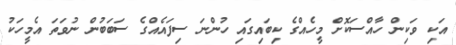
އަކި ވަކިން ހާއްސަކޮށް މީހެއްގެ ކިބައިގައި ހުންނަ ސިފައެއްގެ ސަބަބުން ނުވަތަ އެމީހަކު